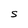
Character: S